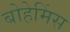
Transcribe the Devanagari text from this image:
बोहेमिंस